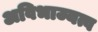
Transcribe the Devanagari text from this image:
अविभाज्यत्व